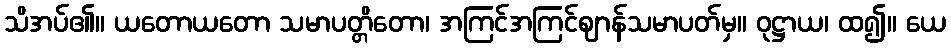
သိအပ်၏။ ယတောယတော သမာပတ္တိတော၊ အကြင်အကြင်ဈာန်သမာပတ်မှ။ ဝုဋ္ဌာယ၊ ထ၍။ ယေ